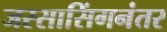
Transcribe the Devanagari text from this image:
जस्सासिंगनंतर